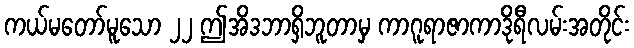
ကယ်မတော်မူသော ၂၂ ဤအိဒဘာရှိဘူတာမှ ကာဂူရာဇာကာဒိုရီလမ်းအတိုင်း